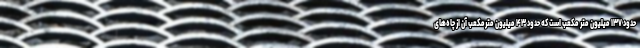
حدود ۱۳۷ میلیون متر مکعب است که حدود ۴۳ میلیون مترمکعب آن از چاه‌های